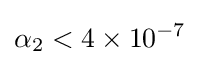
\alpha _{2}<4\times 10^{-7}